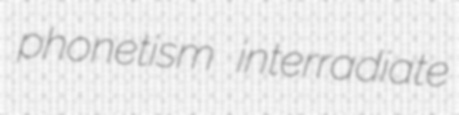
phonetism interradiate